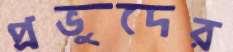
প্রভুদের